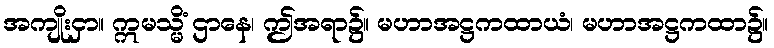
အကျိုးငှာ။ ဣမသ္မိံ ဌာနေ၊ ဤအရာ၌။ မဟာအဋ္ဌကထာယံ၊ မဟာအဋ္ဌကထာ၌။